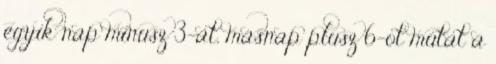
egyik nap mínusz 3-at, másnap plusz 6-ot mutat a